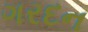
ગરદન